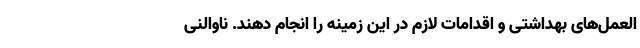
العمل‌های بهداشتی و اقدامات لازم در این زمینه را انجام دهند. ناوالنی